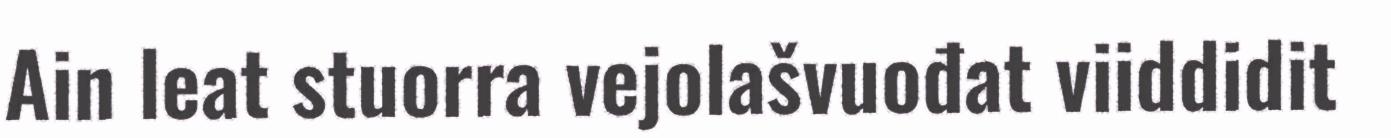
Ain leat stuorra vejolašvuođat viiddidit